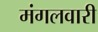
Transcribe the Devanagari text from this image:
मंगलवारी